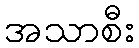
အသာစီး